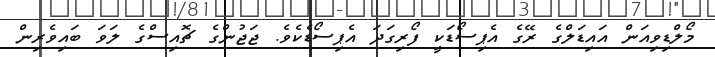
މޯލްޑިވިއަން އައިޑަލްގެ ރޭގެ އެޕިސޯޑަކީ ފޯރިގަދަ އެޕިސޯޑެކެވެ. ޖަޖުންގެ ޗޮއިސްގެ ލަވަ ބައިވެރިން